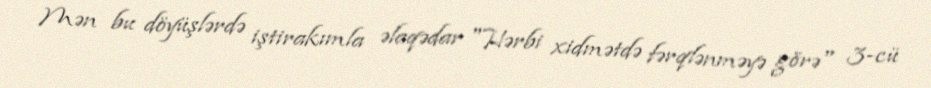
Mən bu döyüşlərdə iştirakımla əlaqədar "Hərbi xidmətdə fərqlənməyə görə" 3-cü